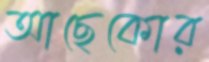
আছেকোর